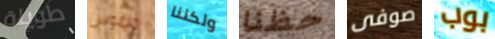
طويلة ملموس ولكننا حظنا صوفى بوب